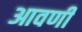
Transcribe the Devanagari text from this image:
आवणी